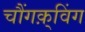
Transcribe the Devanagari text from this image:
चौंगक़्विंग